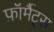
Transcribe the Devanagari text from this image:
फ़ॉर्मैट्स